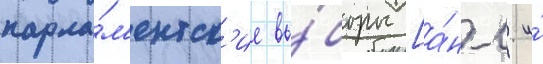
парла́м'ентск'ие вы́боры [а́нгл. и́